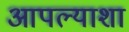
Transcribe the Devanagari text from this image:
आपल्याशा